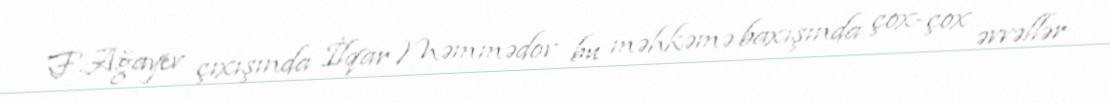
F.Ağayev çıxışında İlqar Məmmədov bu məhkəmə baxışında çox-çox əvvəllər